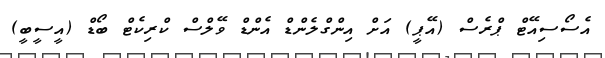
އެސޯސިއޭޓް ޕްރެސް (އޭޕީ) އަށް އިންގްލެންޑް އެންޑް ވޭލްސް ކްރިކެޓް ބޯޑް (އީސީބީ)